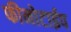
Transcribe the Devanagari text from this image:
फीनोटाईप